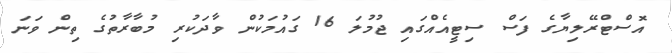
އޮސްޓްރޭލިޔާގެ ފަސް ސިޓީއެއްގައި ޖުމުލަ 16 ގައުމަކުން ވާދަކުރި މުބާރާތުގެ ތިން ވަނަ